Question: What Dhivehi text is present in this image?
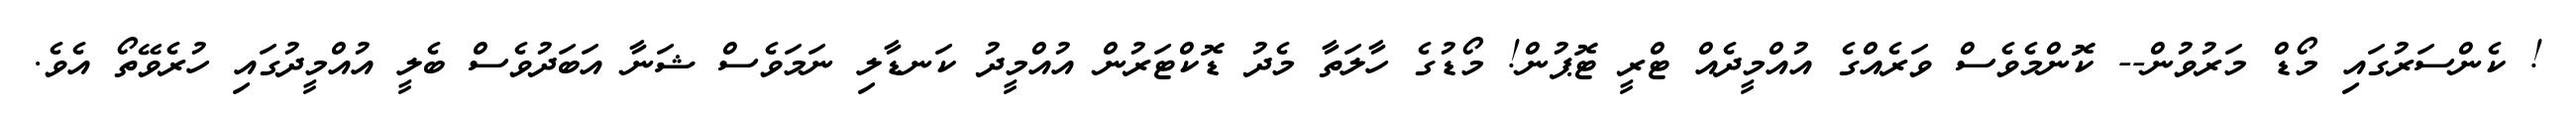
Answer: ! ކެންސަރުގައި މޯޑް މަރުވުން-- ކޮންމެވެސް ވަރެއްގެ އުއްމީދެއް ޓްރީ ޓޮޕުން! މޯޑުގެ ހާލަތާ މެދު ޑޮކްޓަރުން އުއްމީދު ކަނޑާލި ނަމަވެސް ޝަނާ އަބަދުވެސް ބެލީ އުއްމީދުގައި ހުރެވޭތޯ އެވެ.